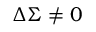
\ensuremath { \Delta } \ensuremath { \Sigma } \neq 0